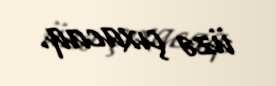
üzə çıxacaq.